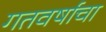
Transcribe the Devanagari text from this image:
गतवर्षाचा